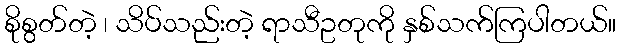
စိုစွတ်တဲ့ ၊ သိပ်သည်းတဲ့ ရာသီဥတုကို နှစ်သက်ကြပါတယ်။